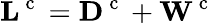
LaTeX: {\mathbf L}^{\mathrm{~c~}}={\mathbf D}^{\mathrm{~c~}}+{\mathbf W}^{\mathrm{~c~}}